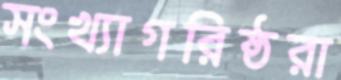
সংখ্যাগরিষ্ঠরা